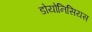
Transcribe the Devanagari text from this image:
डोयोनिसियस